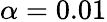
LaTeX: \alpha=0.01